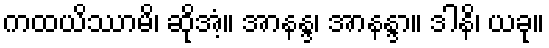
ကထယိဿာမိ၊ ဆိုအံ့။ အာနန္ဒ၊ အာနန္ဒာ။ ဒါနိ၊ ယခု။